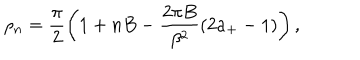
\rho _ { n } = \frac { \pi } { 2 } \left( 1 + n B - \frac { 2 \pi B } { \beta ^ { 2 } } ( 2 a _ { + } - 1 ) \right) ,